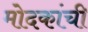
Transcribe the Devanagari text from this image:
मोदकांची